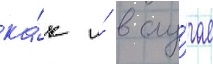
ка́к и́ в слу́чае